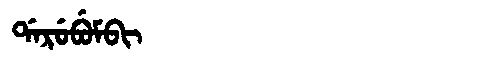
Manchu: ᡩᠠᡵᡠᠪᡠᠮᠪᡳ
Romanization: DARUBUMBI